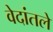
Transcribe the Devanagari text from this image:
वेदांतले